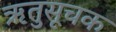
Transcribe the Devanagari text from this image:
ऋतुसूचक